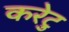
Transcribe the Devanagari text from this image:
करेटु